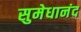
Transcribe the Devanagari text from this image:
सुमेधानंद